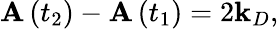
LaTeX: \mathbf{A}\left(t_{2}\right)-\mathbf{A}\left(t_{1}\right)=2\mathbf{k}_{D},